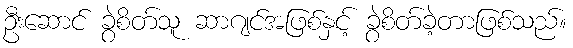
ဦးဆောင် ခွဲစိတ်သူ ဆာဂျင်အဖြစ်နှင့် ခွဲစိတ်ခဲ့တာဖြစ်သည်။